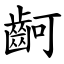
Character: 䶗